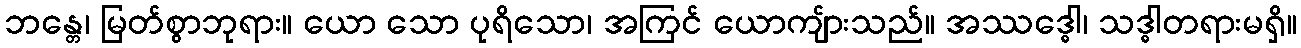
ဘန္တေ၊ မြတ်စွာဘုရား။ ယော သော ပုရိသော၊ အကြင် ယောကျ်ားသည်။ အဿဒ္ဓေါ၊ သဒ္ဓါတရားမရှိ။